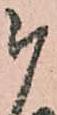
被